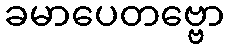
ခမာပေတဗ္ဗော